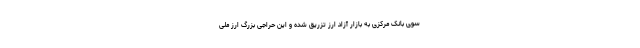
سوی بانک مرکزی به بازار آزاد ارز تزریق شده و این حراجی بزرگ ارز ملی